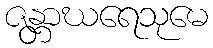
ဇန္တာဃရေသုမေ